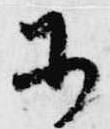
等